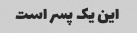
این یک پسر است